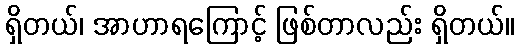
ရှိတယ်၊ အာဟာရကြောင့် ဖြစ်တာလည်း ရှိတယ်။